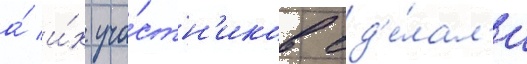
а́ и́х уча́стн'иков сд'е́лал'и